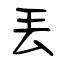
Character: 丟